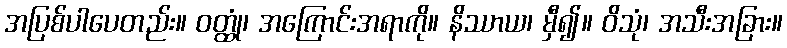
အပြစ်ပါပေတည်း။ ဝတ္ထုံ၊ အကြောင်းအရာကို။ နိဿာယ၊ မှီ၍။ ဝိသုံ၊ အသီးအခြား။